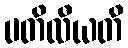
ပတိလီယတိ